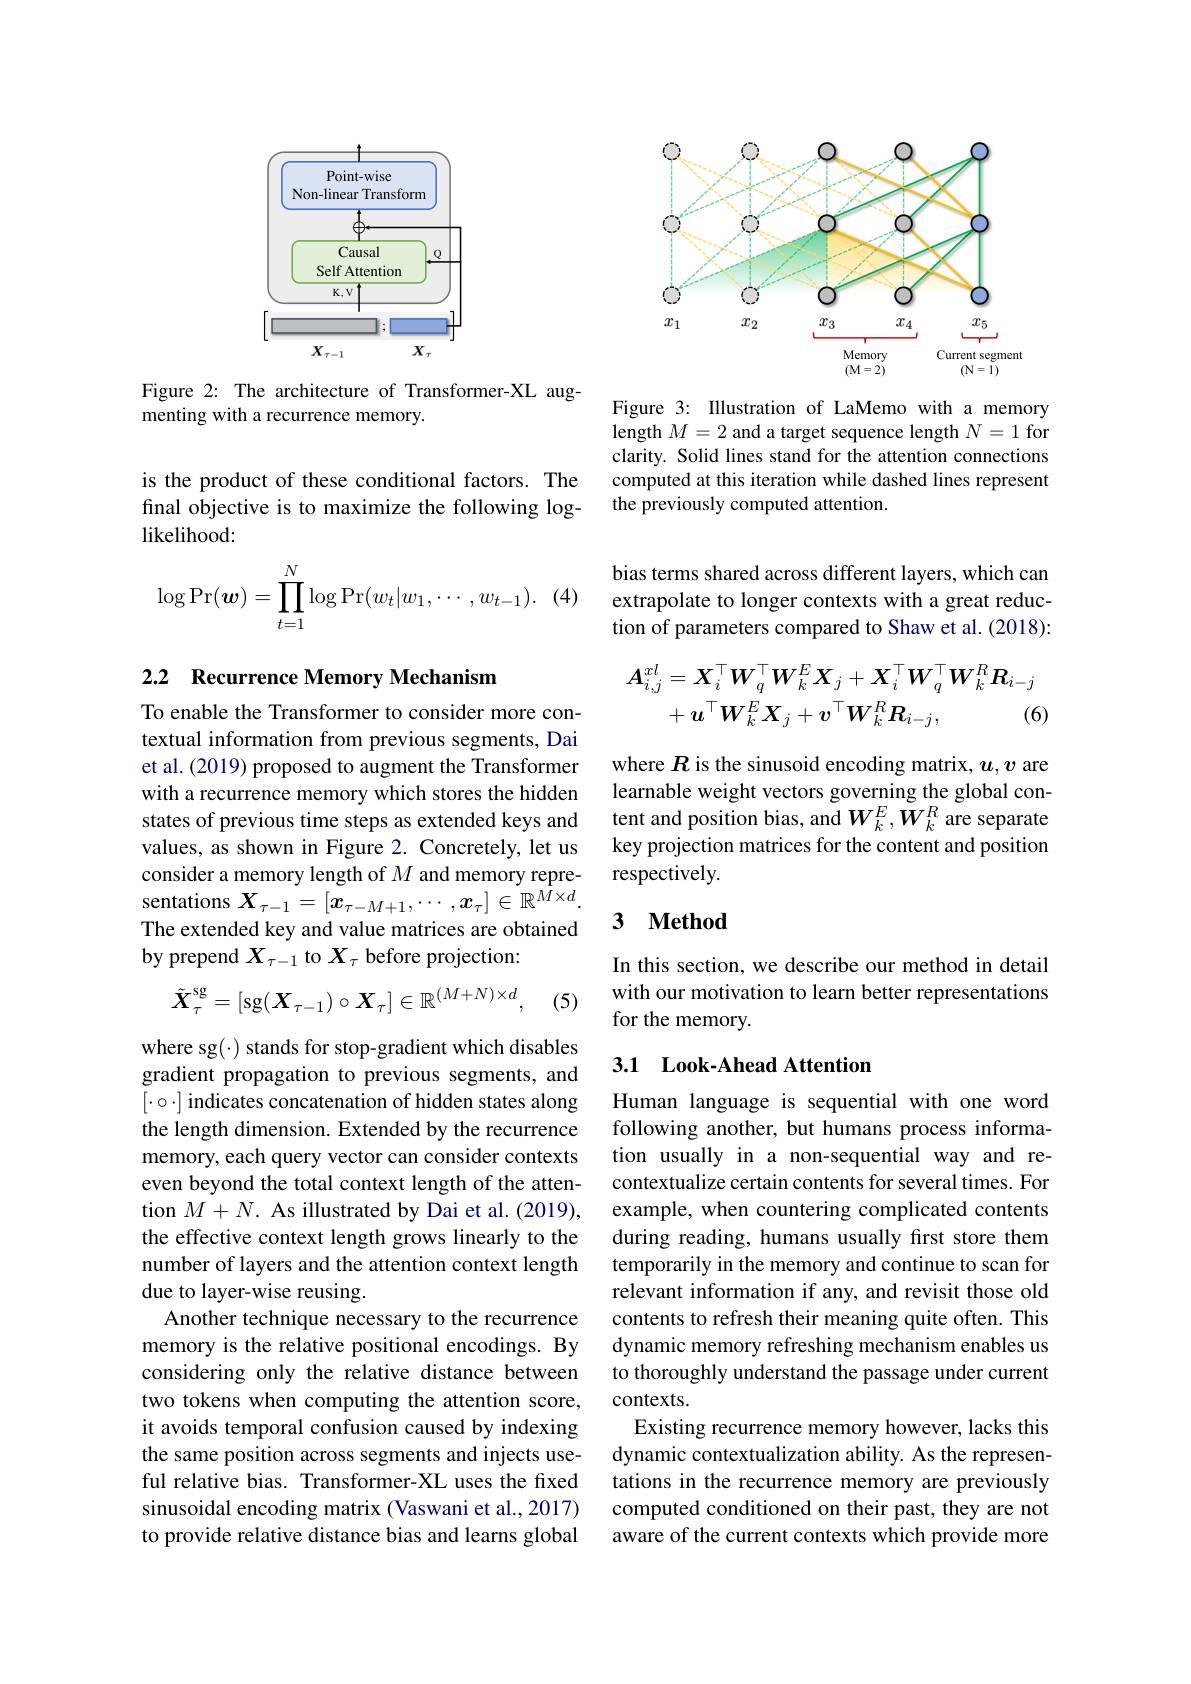
<FigureHere>

Figure 2: The architecture of Transformer-XL aug-
menting with a recurrence memory.

is the product of these conditional factors. The final objective is to maximize the following loglikelihood:
$$\log\Pr(\boldsymbol{w})=\prod_{t=1}^N\log\Pr(w_t|w_1,\cdots,w_{t-1}).$$
$\cdot$ (4)

### 2.2 Recurrence Memory Mechanism

To enable the Transformer to consider more contextual information from previous segments, Dai et al. (2019) proposed to augment the Transformer with a recurrence memory which stores the hidden states of previous time steps as extended keys and values, as shown in Figure 2. Concretely, let us consider a memory length of $M$ and memory representations $X_\tau-1=[x_{\tau-M+1},\cdots,x_{\tau}]\in\mathbb{R}^{M\times d}.$ The extended key and value matrices are obtained by prepend $X_{\tau-1}$ to $X_\tau$ before projection:
$$\tilde{\boldsymbol{X}}_\tau^\mathrm{sg}=[\mathrm{sg}(\boldsymbol{X}_{\tau-1})\circ\boldsymbol{X}_\tau]\in\mathbb{R}^{(M+N)\times d},$$
(5)

where sg(·) stands for stop-gradient which disables gradient propagation to previous segments, and $[\cdot\circ\cdot]$ indicates concatenation of hidden states along the length dimension. Extended by the recurrence memory, each query vector can consider contexts even beyond the total context length of the attention $M+N.$ As illustrated by Dai et al.(2019), the effective context length grows linearly to the number of layers and the attention context length due to layer-wise reusing.
Another technique necessary to the recurrence memory is the relative positional encodings. By considering only the relative distance between two tokens when computing the attention score, it avoids temporal confusion caused by indexing the same position across segments and injects useful relative bias. Transformer-XL uses the fxed sinusoidal encoding matrix (Vaswani et al., 2017) to provide relative distance bias and learns global

<FigureHere>

Figure 3: Illustration of LaMemo with a memory length $M=2$ and a target sequence length $N=1$ for clarity. Solid lines stand for the attention connections computed at this iteration while dashed lines represent the previously computed attention.

bias terms shared across different layers, which can extrapolate to longer contexts with a great reduction of parameters compared to Shaw et al. (2018):
$$\begin{aligned}\boldsymbol{A}_{i,j}^{xl}&=\boldsymbol{X}_{i}^{\top}\boldsymbol{W}_{q}^{\top}\boldsymbol{W}_{k}^{E}\boldsymbol{X}_{j}+\boldsymbol{X}_{i}^{\top}\boldsymbol{W}_{q}^{\top}\boldsymbol{W}_{k}^{R}\boldsymbol{R}_{i-j}\\&+\boldsymbol{u}^{\top}\boldsymbol{W}_{k}^{E}\boldsymbol{X}_{j}+\boldsymbol{v}^{\top}\boldsymbol{W}_{k}^{R}\boldsymbol{R}_{i-j},\quad(6)\end{aligned}$$
where $R$ is the sinusoid encoding matrix, $u,v$ are learnable weight vectors governing the global content and position bias, and $W_{k}^{E},W_{k}^{R}$ are separate key projection matrices for the content and position respectively.

### 3 $\textbf{Method}$

In this section, we describe our method in detail with our motivation to learn better representations for the memory.

## 3.1 Look-Ahead Attention

Human language is sequential with one word following another, but humans process information usually in a non-sequential way and recontextualize certain contents for several times. For example, when countering complicated contents during reading, humans usually first store them temporarily in the memory and continue to scan for relevant information if any, and revisit those old contents to refresh their meaning quite often. This dynamic memory refreshing mechanism enables us to thoroughly understand the passage under current contexts.
Existing recurrence memory however, lacks this dynamic contextualization ability. As the representations in the recurrence memory are previously computed conditioned on their past, they are not aware of the current contexts which provide more